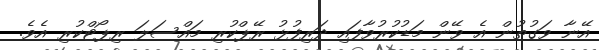
އޭނާ ވަގުތުން އެ ވޭން މަޑުކުރުވާފައި ދަރިފުޅު ރޭޕްކުރި މައްސަލަ ރިޕޯޓްކުރި އެވެ.